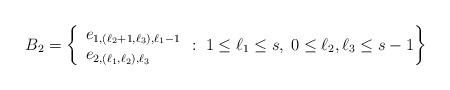
LaTeX: \begin{align*} B_2 = \left\{ \begin{array}{ll} e_{1,(\ell_2+1,\ell_3),\ell_1-1 }\\ e_{2,(\ell_1,\ell_2),\ell_3 } \end{array} : \; 1 \leq \ell_1 \leq s,\; 0 \leq \ell_2,\ell_3 \leq s-1 \right\} \end{align*}